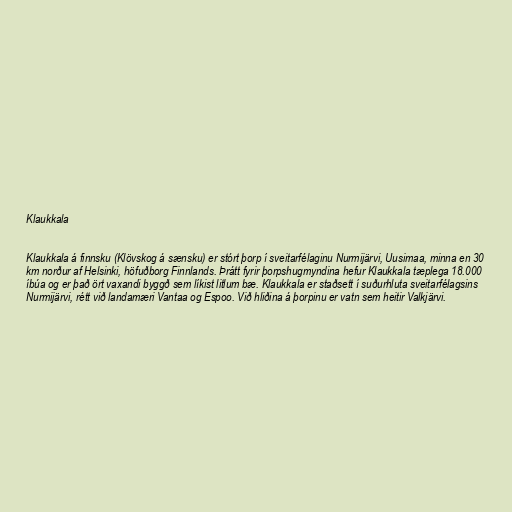
Klaukkala

Klaukkala á finnsku (Klövskog á sænsku) er stórt þorp í sveitarfélaginu Nurmijärvi, Uusimaa, minna en 30
km norður af Helsinki, höfuðborg Finnlands. Þrátt fyrir þorpshugmyndina hefur Klaukkala tæplega 18.000
íbúa og er það ört vaxandi byggð sem líkist litlum bæ. Klaukkala er staðsett í suðurhluta sveitarfélagsins
Nurmijärvi, rétt við landamæri Vantaa og Espoo. Við hliðina á þorpinu er vatn sem heitir Valkjärvi.